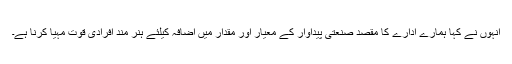
انہوں نے کہا ہمارے ادارے کا مقصد صنعتی پیداوار کے معیار اور مقدار میں اضافہ کیلئے ہنر مند افرادی قوت مہیا کرنا ہے۔